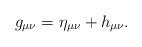
LaTeX: \begin{align*}g_{\mu\nu} = \eta_{\mu\nu} + h_{\mu\nu}.\end{align*}